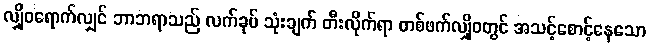
လျှိုဝရောက်လျှင် ဘာဘရာသည် လက်ခုပ် သုံးချက် တီးလိုက်ရာ တစ်ဖက်လျှိုဝတွင် အသင့်စောင့်နေသော